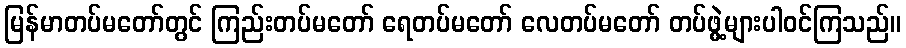
မြန်မာတပ်မတော်တွင် ကြည်းတပ်မတော် ရေတပ်မတော် လေတပ်မတော် တပ်ဖွဲ့များပါဝင်ကြသည်။